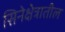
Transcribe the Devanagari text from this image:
सिनेक्षेत्रातील